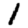
Digit: 1